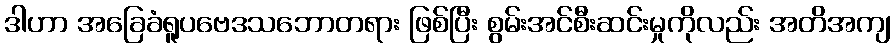
ဒါဟာ အခြေခံရူပဗေဒသဘောတရား ဖြစ်ပြီး စွမ်းအင်စီးဆင်းမှုကိုလည်း အတိအကျ